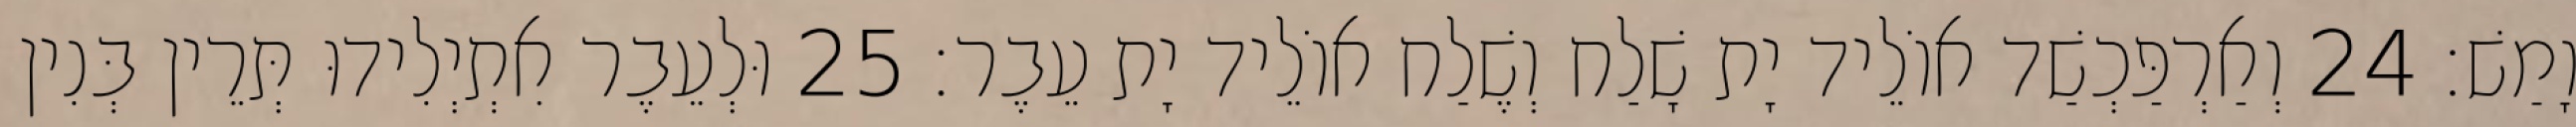
וָמַשׁ׃ 24 וְאַרְפַּכְשַׁד אוֹלֵיד יָת שָׁלַח וְשֶׁלַח אוֹלֵיד יָת עֵבֶר׃ 25 וּלְעֵבֶר אִתְיְלִידוּ תְּרֵין בְּנִין